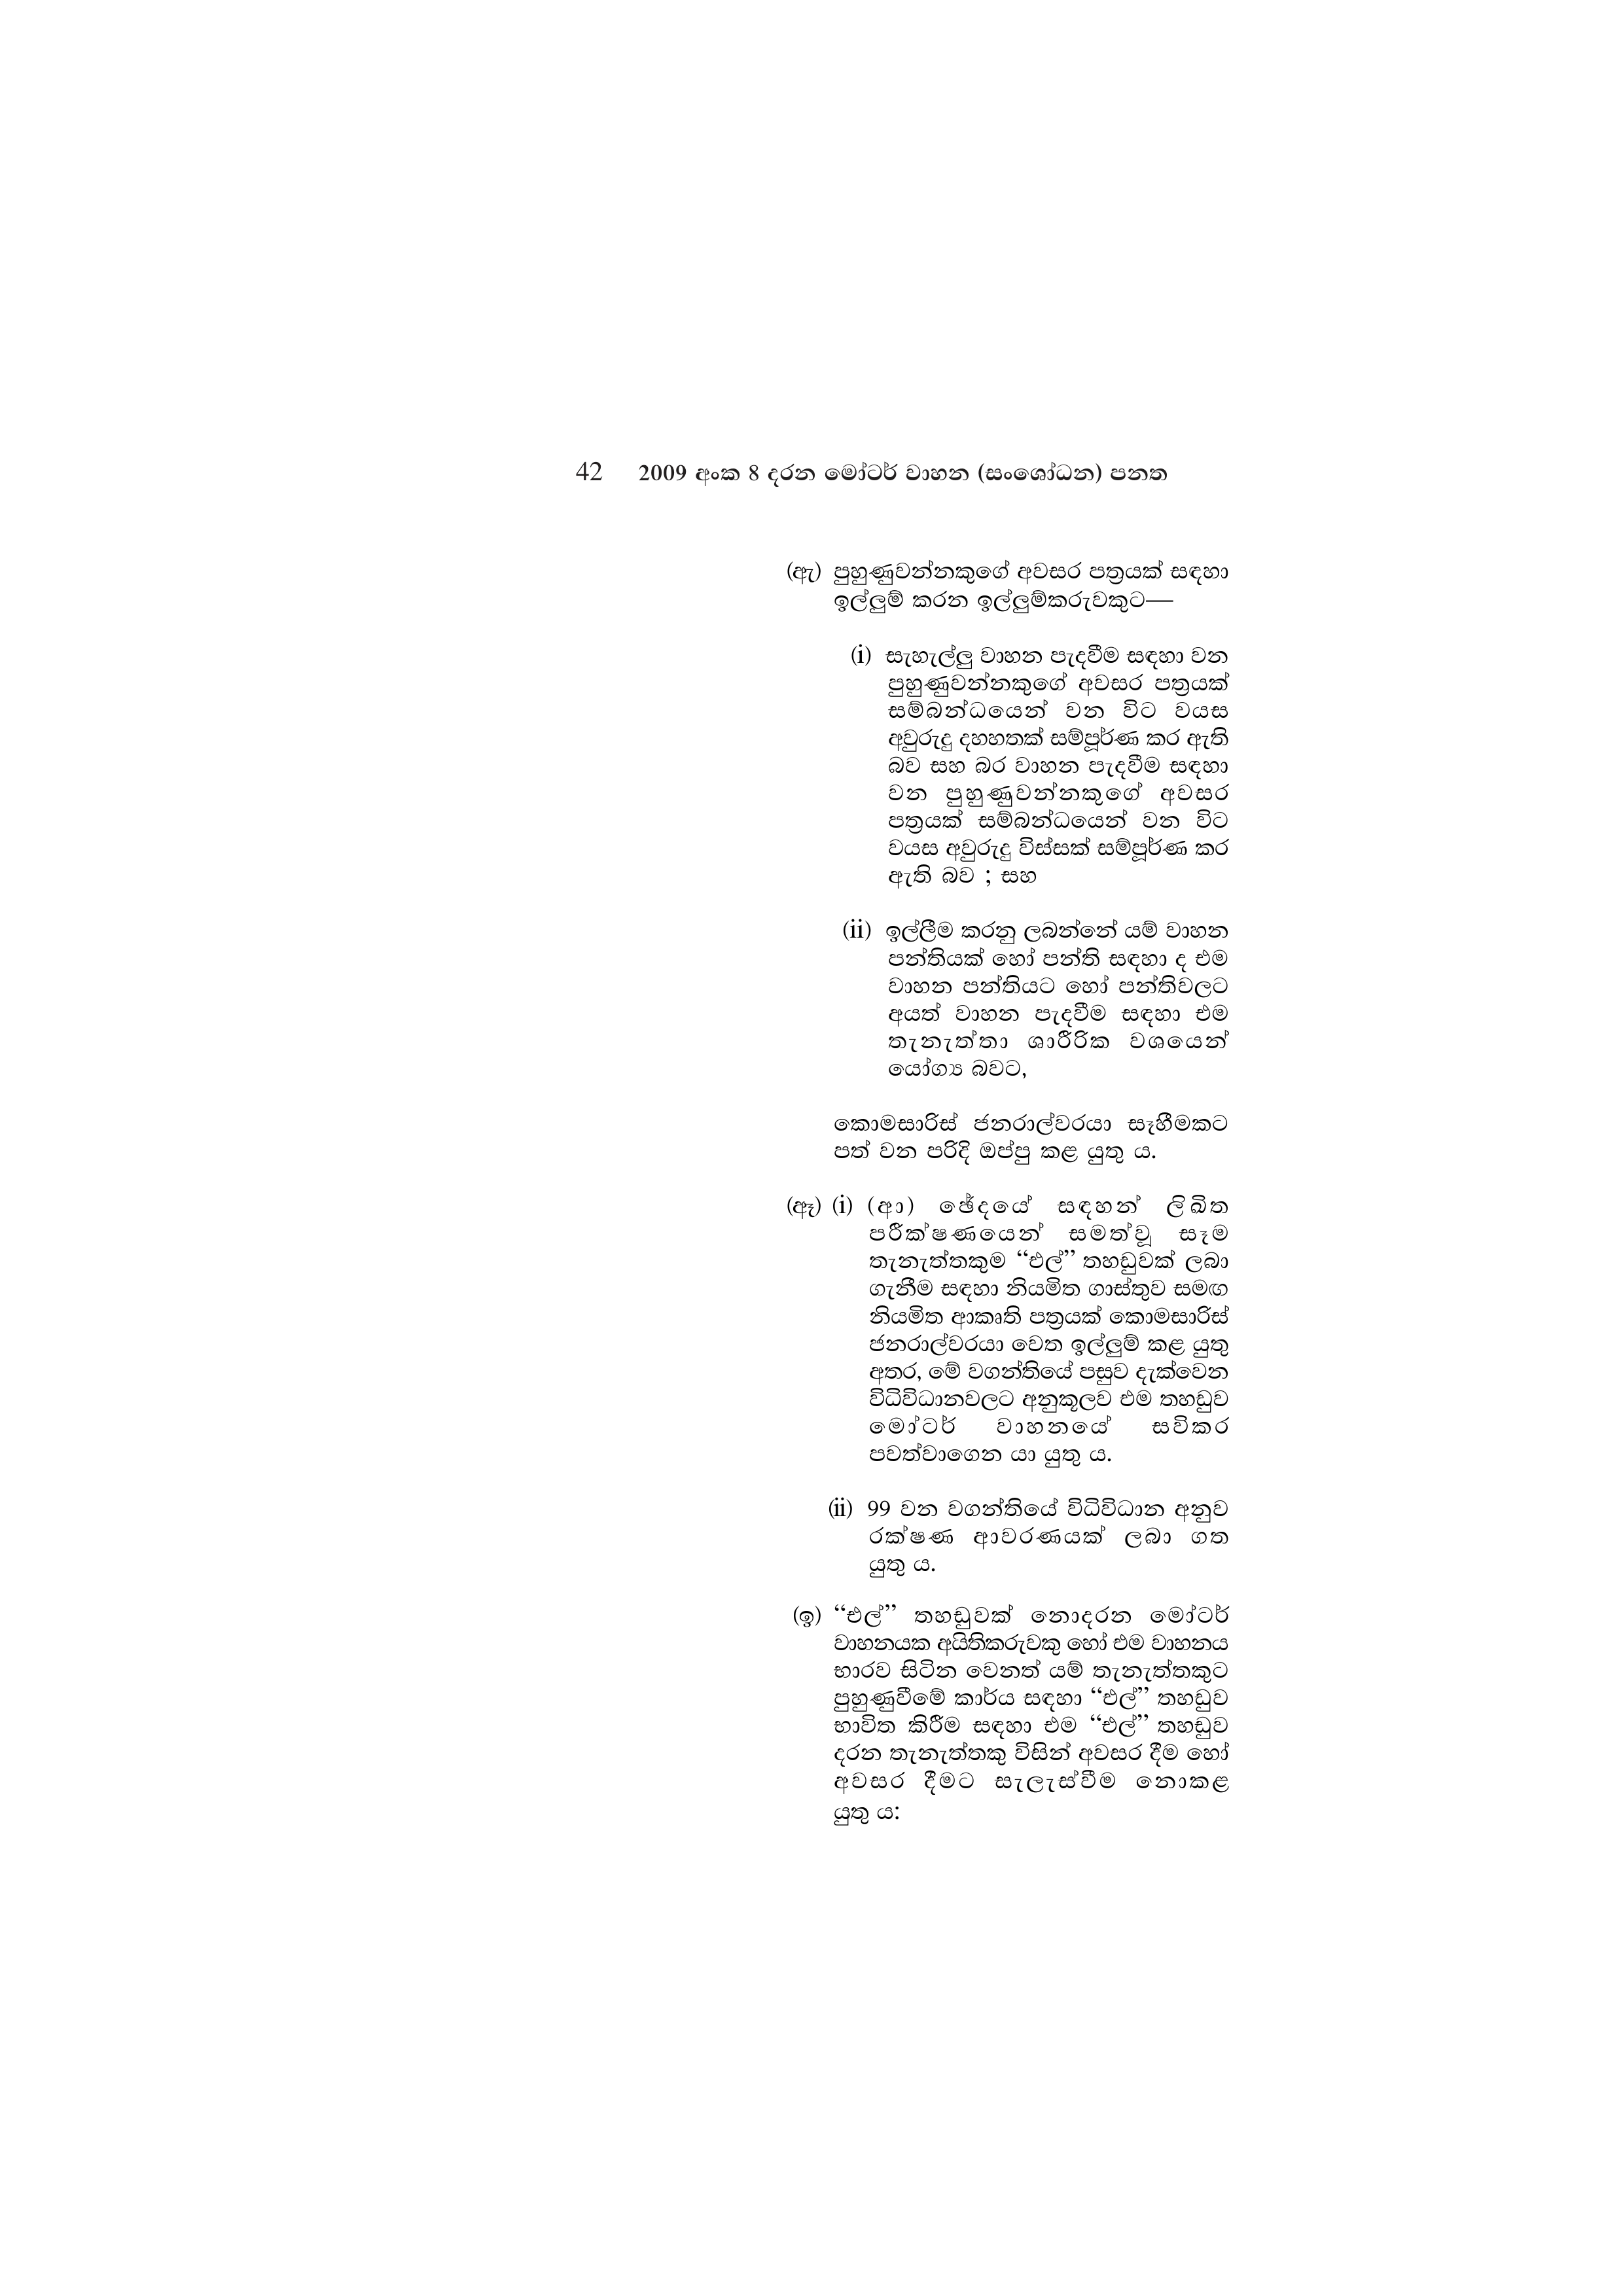
42 2009 අංක 8 දරන මෝටර් වාහන (සංශෝධන) පනත

(ඇ) පුහුණුවන්නකුගේ අවසර පත්‍රයක් සඳහා
ඉල්ලුම් කරන ඉල්ලුම්කරුවකුට—

(i) සැහැල්ලු වාහන පැදවීම සඳහා වන
පුහුණුවන්නකුගේ අවසර පත්‍රයක්
සම්බන්ධයෙන් වන විට වයස
අවුරුදු දහහතක් සම්පූර්ණ කර ඇති
බව සහ බර වාහන පැදවීම සඳහා
වන පුහුණුවන්නකුගේ අවසර
පත්‍රයක් සම්බන්ධයෙන් වන විට
වයස අවුරුදු විස්සක් සම්පූර්ණ කර
ඇති බව ; සහ

(ii) ඉල්ලීම කරනු ලබන්නේ යම් වාහන
පන්තියක් හෝ පන්ති සඳහා ද එම
වාහන පන්තියට හෝ පන්තිවලට
අයත් වාහන පැදවීම සඳහා එම
තැනැත්තා ශාරීරික වශයෙන්
යෝග්‍ය බවට,

කොමසාරිස් ජනරාල්වරයා සෑහීමකට
පත් වන පරිදි ඔප්පු කළ යුතු ය.

(ඈ) (i) (ආ) ඡේදයේ සඳහන් ලිඛිත
පරීක්ෂණයෙන් සමත්වූ සෑම
තැනැත්තකුම “එල්” තහඩුවක් ලබා
ගැනීම සඳහා නියමිත ගාස්තුව සමඟ
නියමිත ආකෘති පත්‍රයක් කොමසාරිස්
ජනරාල්වරයා වෙත ඉල්ලුම් කළ යුතු
අතර, මේ වගන්තියේ පසුව දැක්වෙන
විධිවිධානවලට අනුකූලව එම තහඩුව
මෝටර් වාහනයේ සවිකර
පවත්වාගෙන යා යුතු ය.

(ii) 99 වන වගන්තියේ විධිවිධාන අනුව
රක්ෂණ ආවරණයක් ලබා ගත
යුතු ය.

(ඉ) “එල්” තහඩුවක් නොදරන මෝටර්
වාහනයක අයිතිකරුවකු හෝ එම වාහනය
භාරව සිටින වෙනත් යම් තැනැත්තකුට
පුහුණුවීමේ කාර්ය සඳහා “එල්” තහඩුව
භාවිත කිරීම සඳහා එම “එල්” තහඩුව
දරන තැනැත්තකු විසින් අවසර දීම හෝ
අවසර දීමට සැලැස්වීම නොකළ
යුතු ය: